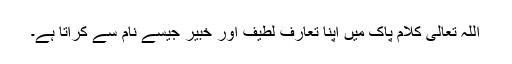
اللہ تعالی کلام پاک میں اپنا تعارف لطیف اور خبیر جیسے نام سے کراتا ہے۔